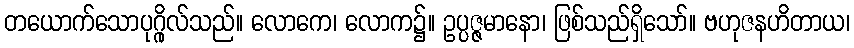
တယောက်သောပုဂ္ဂိုလ်သည်။ လောကေ၊ လောက၌။ ဥပ္ပဇ္ဇမာနော၊ ဖြစ်သည်ရှိသော်။ ဗဟုဇနဟိတာယ၊